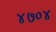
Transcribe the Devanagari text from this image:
४७०४